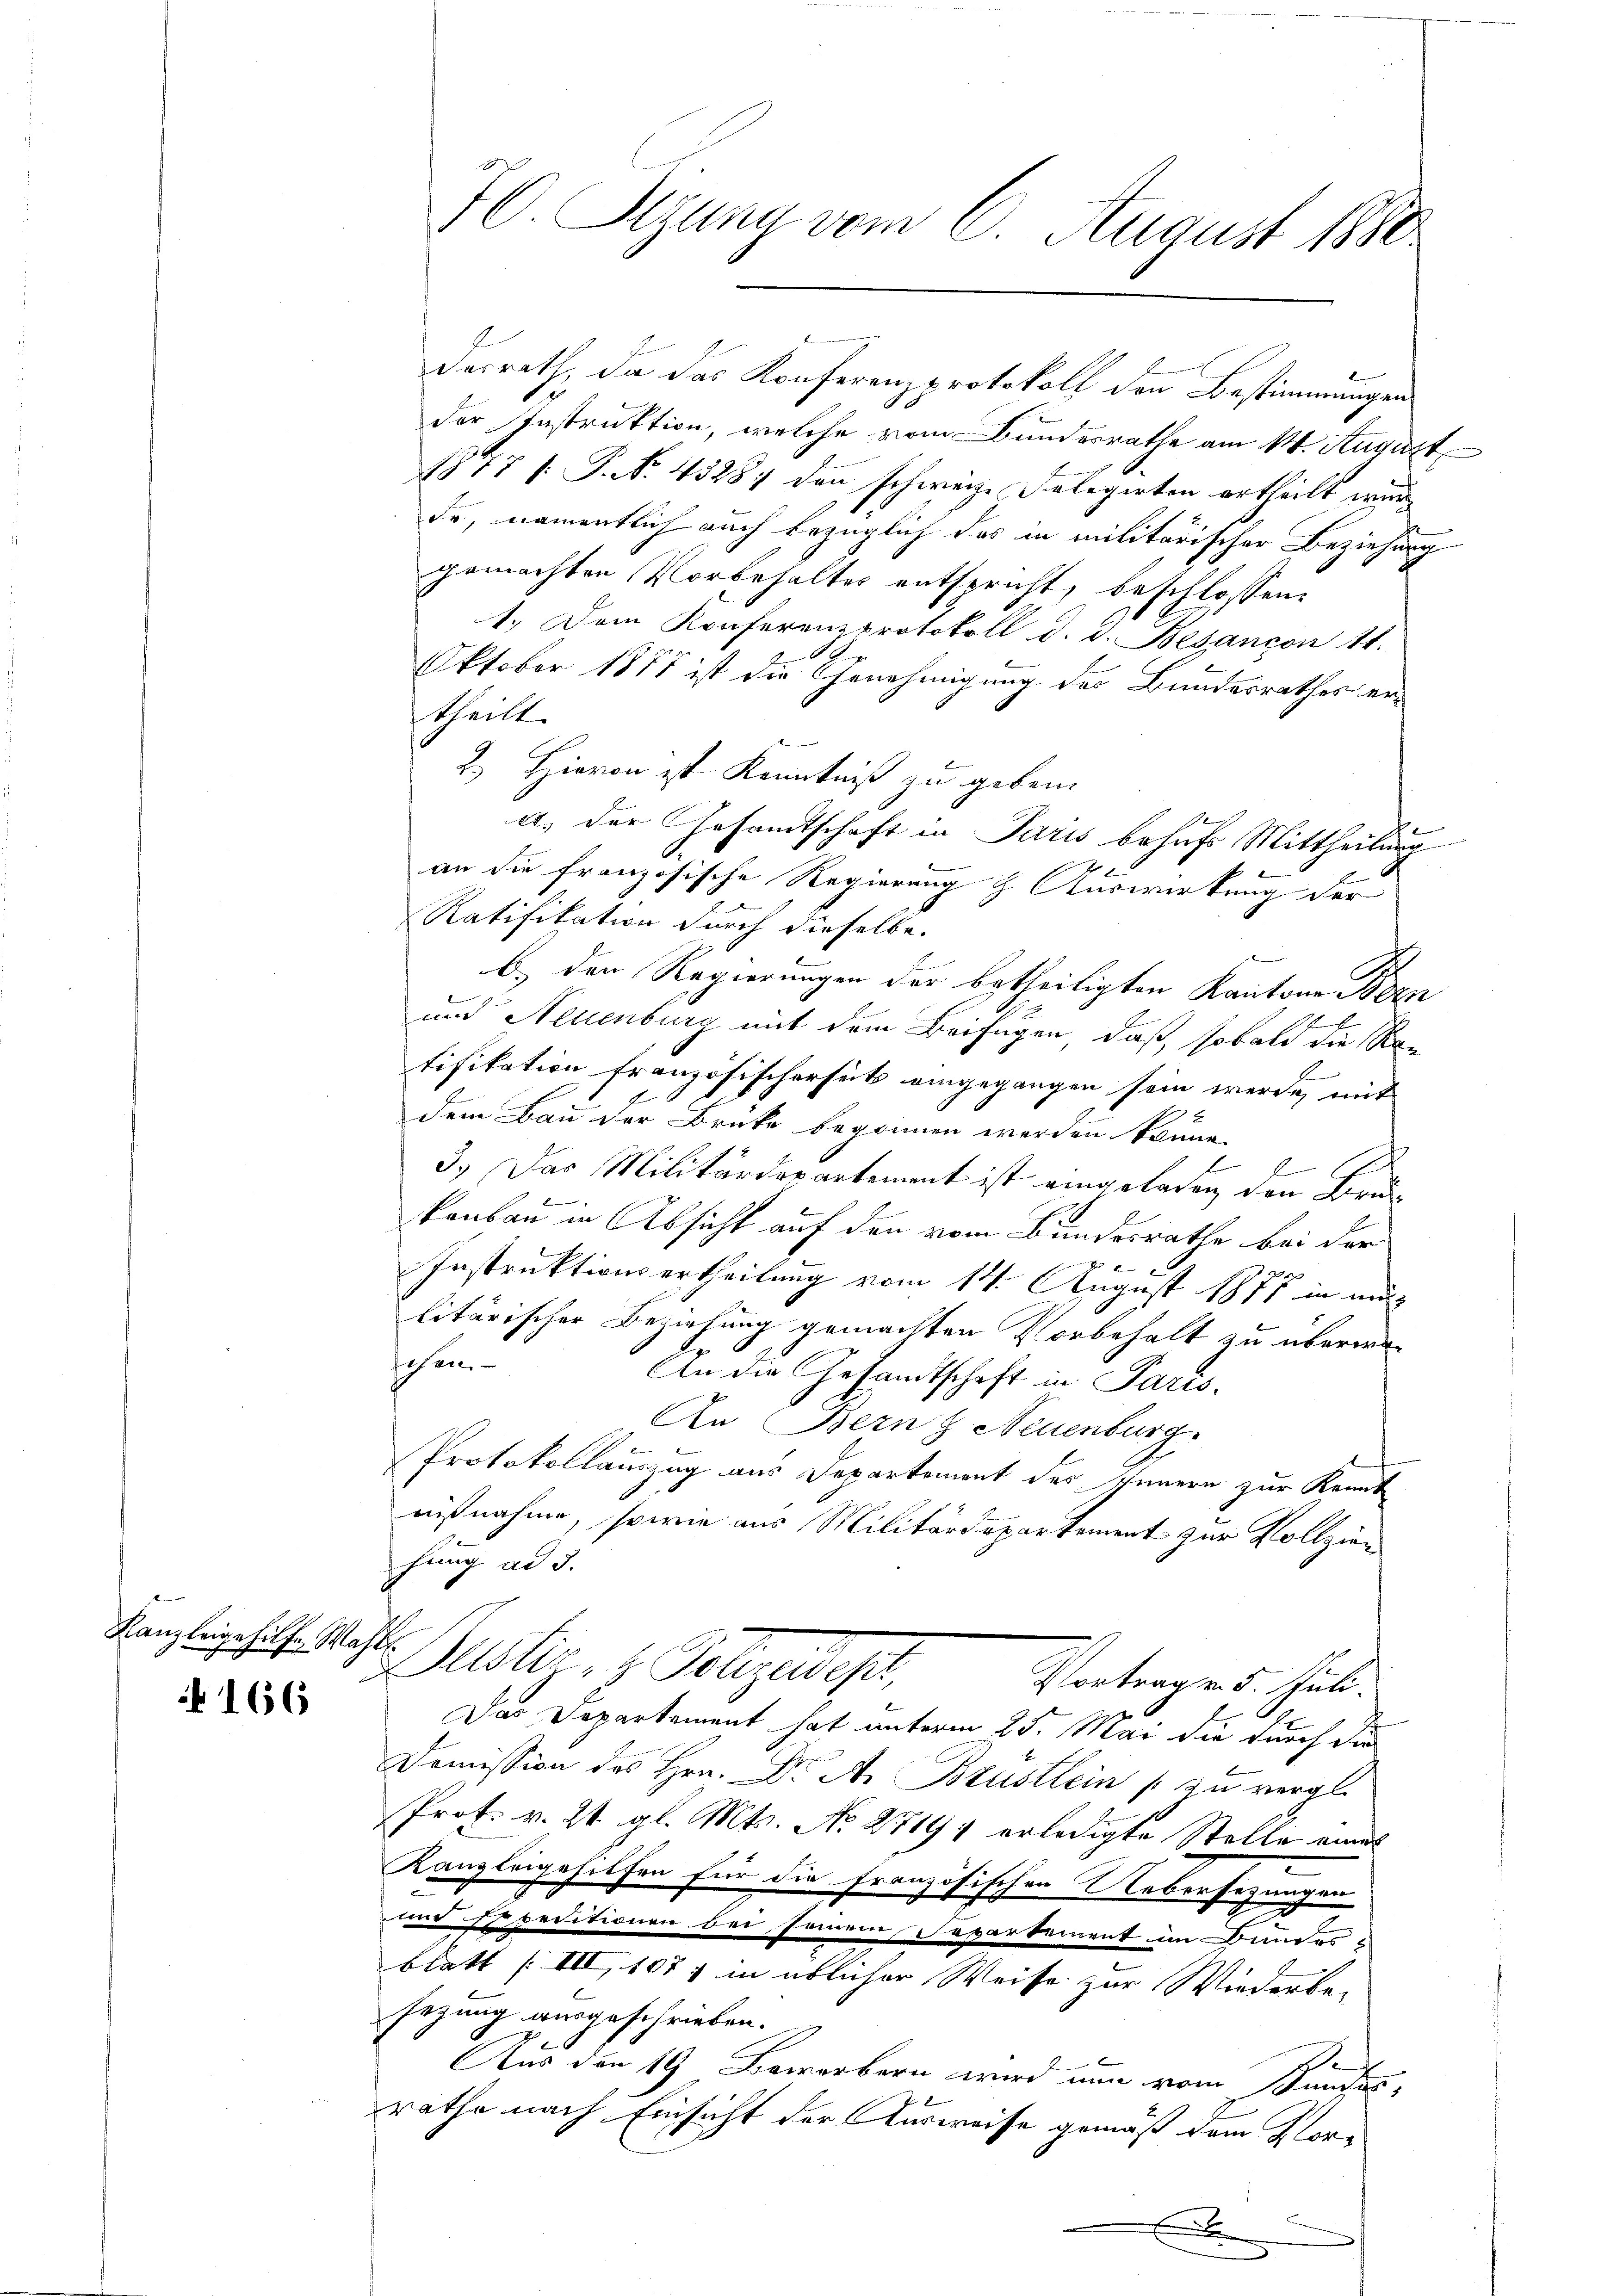
Kanzleigehilfe Wahl.

N 166

dasrath, da das Konferenzprotokoll den Bestimmungen
der Instruktion, welche vom Bundesrathe am 14. August
1817 f. P. Nr. 43287 den schweize Selegirten ertheilt wurd
de, namentlich auch bezüglich das in militärischer Beziehung
gemachten Vorbehaltes entspricht, beschlossen:
1. Dem Konferenzprotokoll d. d. Besançon 11.
Oktober 1858 ist die Genehmigung des Bundesrathes ertheilt.
2.) Hievon ist Kenntniß zu geben.
a) der Gesandtschaft in Paris behufs Mittheilung
.
an die französische Regierung z. Auswirkung der
Ratifikation durch dieselbe.
.
b.) den Regierungen der betheiligten Kantone Bern
und Neuenburg mit dem Beifügen, daß, sobald die Re¬
E
tifikation französischersitz eingegangen sein werde, mit
dem Bau der Brüke begonnen werden könne.
l
E
3.) Das Militärdepartement ist eingeladen den Bru
.
Banbau in Absicht auf den vom Bundesrathe bei der
Instruktionsertheilung vom 14. August 1871 in mit
litärischer Beziehung gemachten Vorbehalt zu überwisehen
An die Gesandtschaft in Paris
An Bern & Neuenburg
Protokollauszug aus Departement des Innern zur Kennt
E
nißnahme, sowie aus Militärdepartement zur Vollzien
fung ad 3.
Justiz- & Polizeidest,
Vortrag v. 5. Juli.
Das Departement hat unterm 25. Mai die durch die
Domission des Hrn. Dr A. Brustlein zu vergle
Prof. v. 21. gl. Mts. No 2719 f erledigte Stelle eines
Kanzleigehilfen für die Französischen Uebersezungen
e
und Expeditionen bei seinem Departement im Bundesblatt (III, 1071 in üblicher Weise zur Wiederbe-
sezung ausgeschrieben.
2
Aus den 19. Bewerbern wird nun vom Sandesrathe nach Einsicht der Ausweise gemäß dem Kor¬

70. Stzung vom 6. August 1880